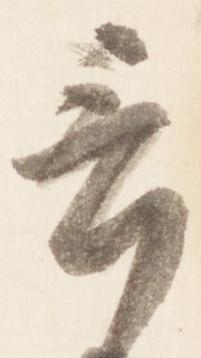
言